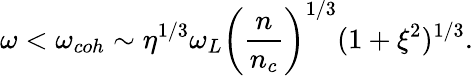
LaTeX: \omega<\omega_{coh}\sim\eta^{1/3}\omega_{L}\left(\frac{n}{n_{c}}\right)^{1/3}(1+\xi^{2})^{1/3}.